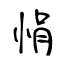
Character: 悁